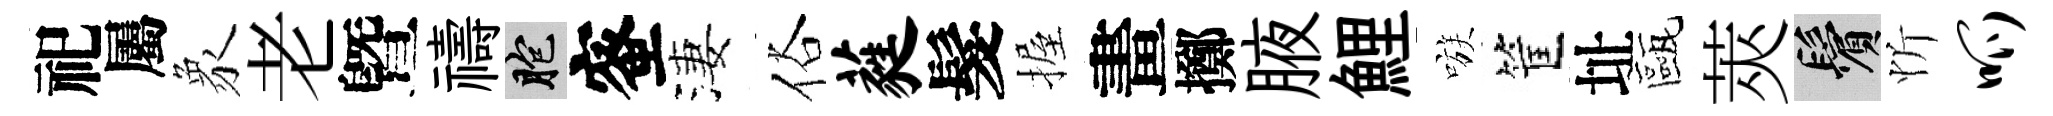
祀屬象老曁禱胞蜜淒俗蕤髮握畫擲腋鯉嗾筐址甌莢鬢忻呱